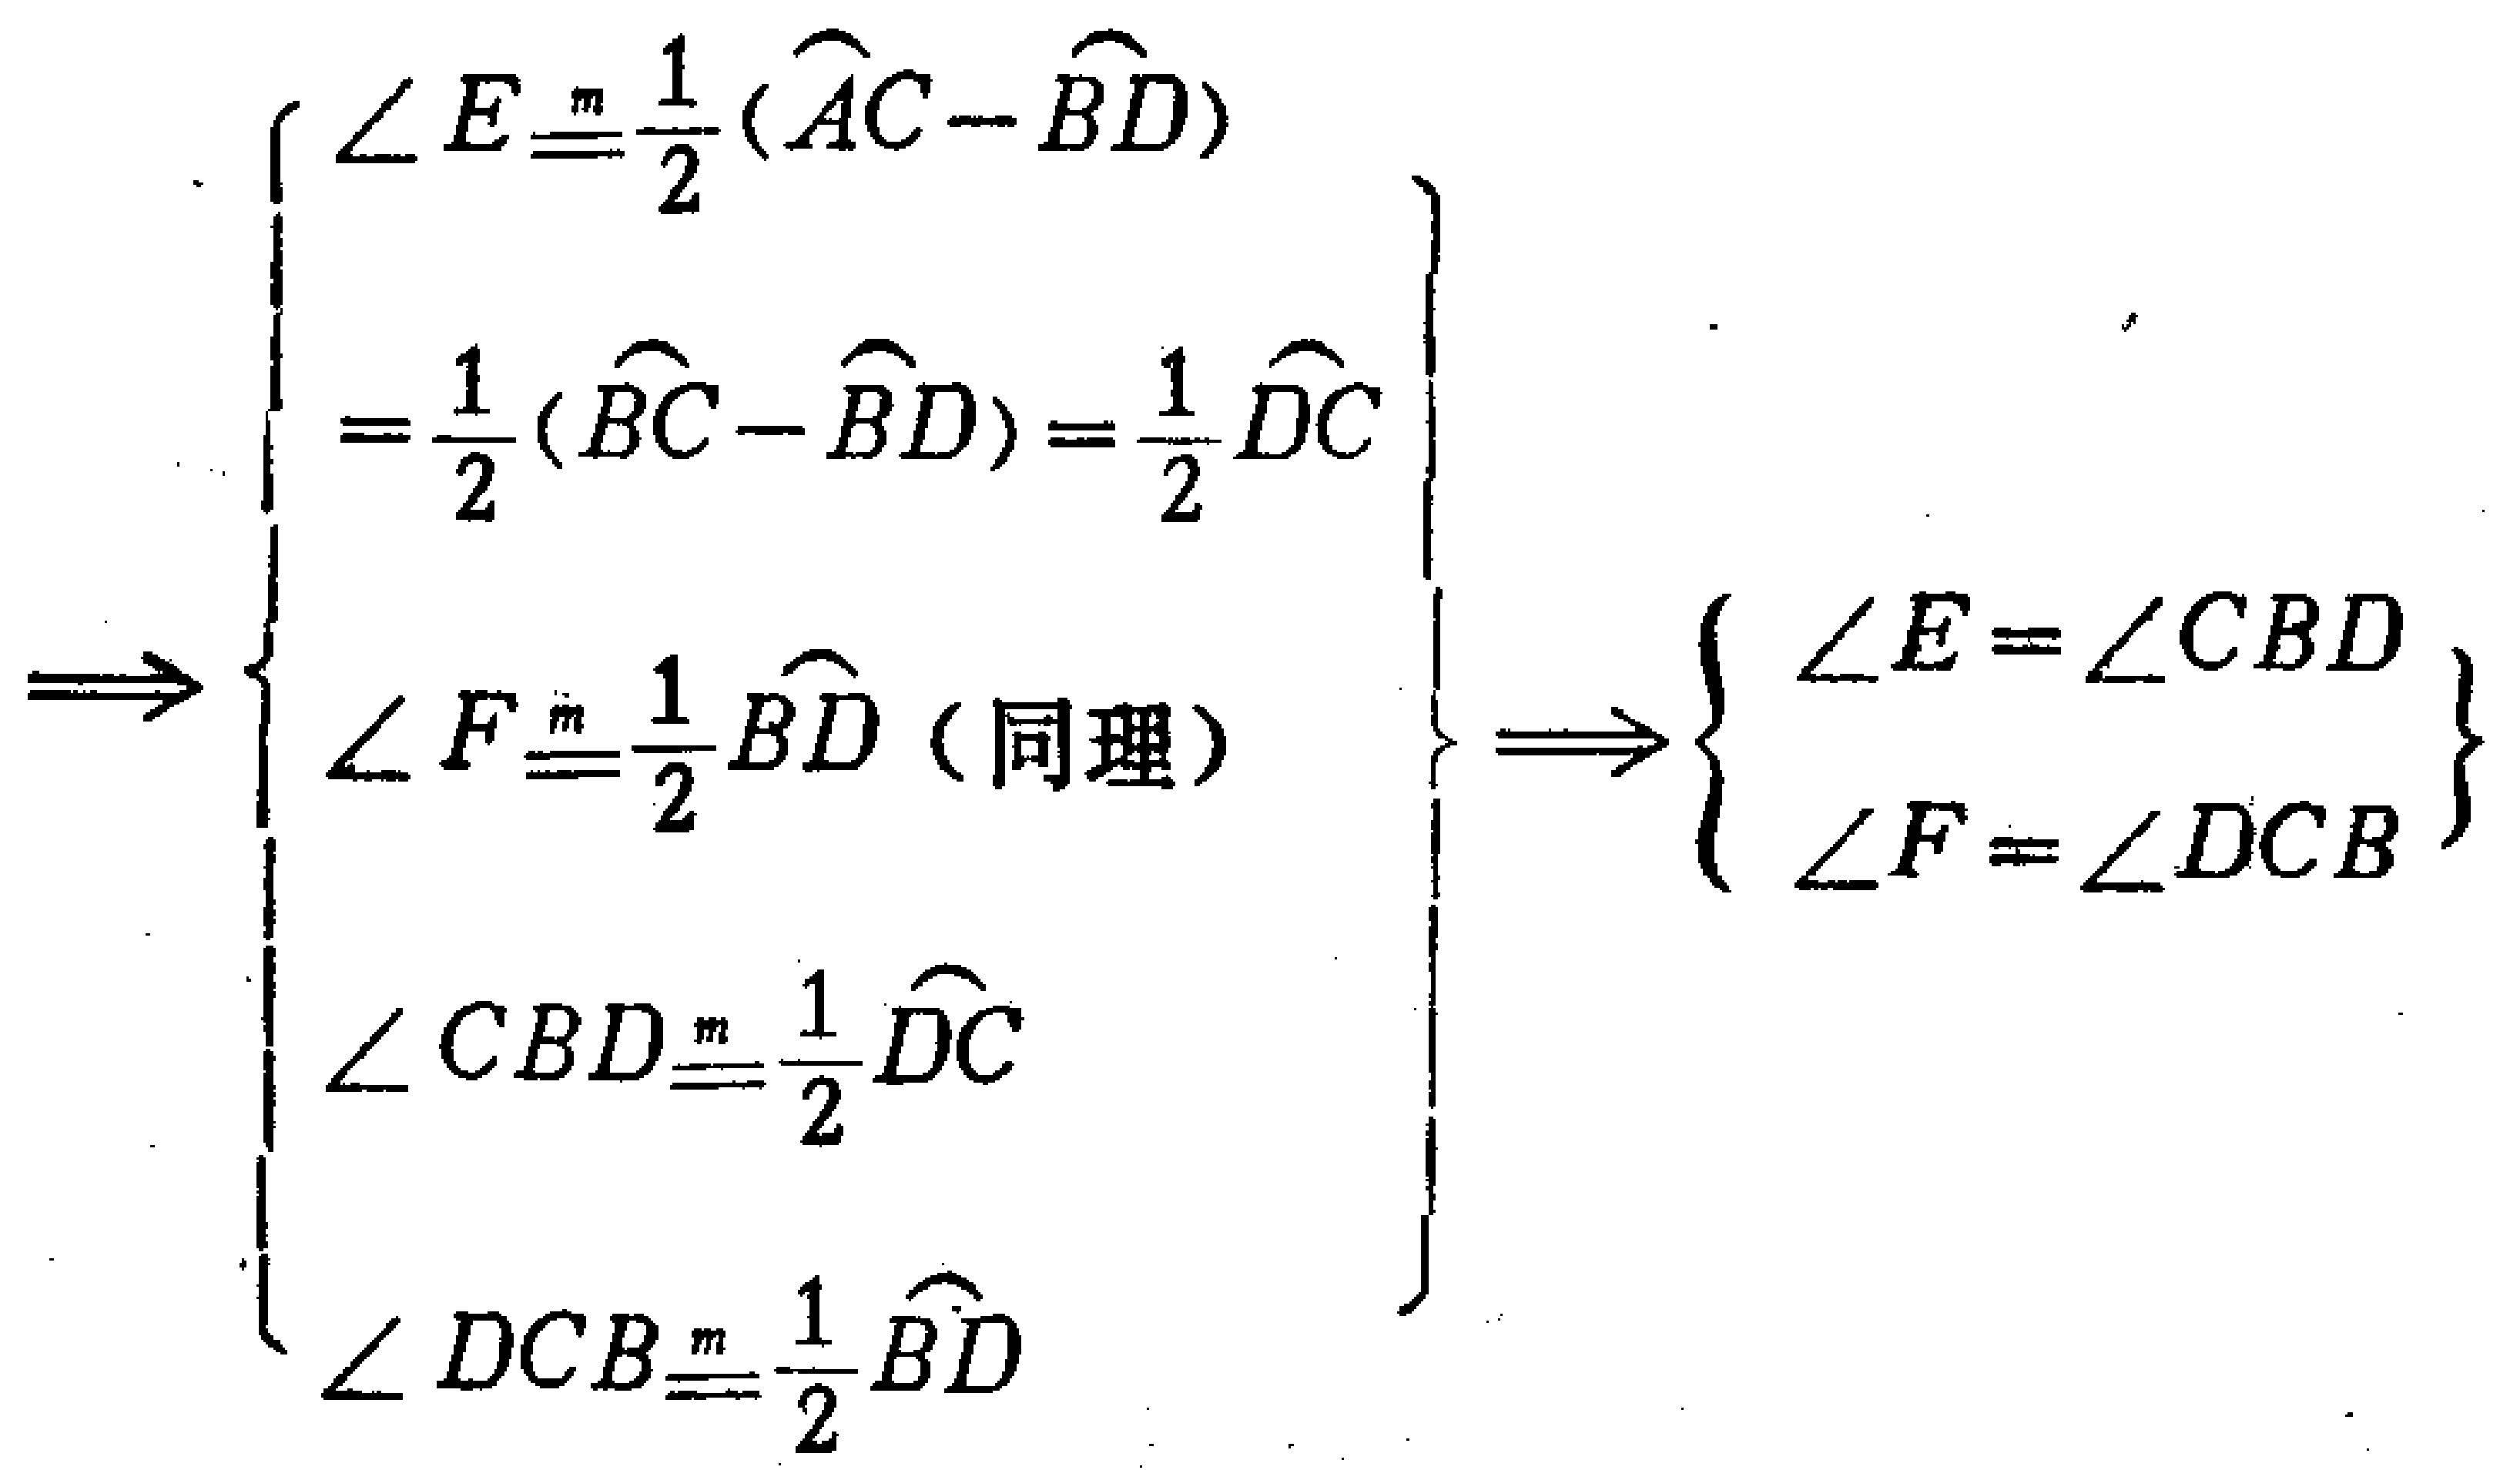
\[
\Rightarrow
\left\{
\begin{array}{l}
\angle E\overset{m}{=}\frac{1}{2}(\overset{\frown}{AC}-\overset{\frown}{BD}) \\
=\frac{1}{2}(\overset{\frown}{BC}-\overset{\frown}{BD})=\frac{1}{2}\overset{\frown}{DC} \\
\angle F\overset{m}{=}\frac{1}{2}\overset{\frown}{BD} \text{（同理）} \\
\angle CBD\overset{m}{=}\frac{1}{2}\overset{\frown}{DC} \\
\angle DCB\overset{m}{=}\frac{1}{2}\overset{\frown}{BD}
\end{array}
\right\}
\Rightarrow
\left\{
\begin{array}{l}
\angle E = \angle CBD \\
\angle F = \angle DCB
\end{array}
\right\}
\]